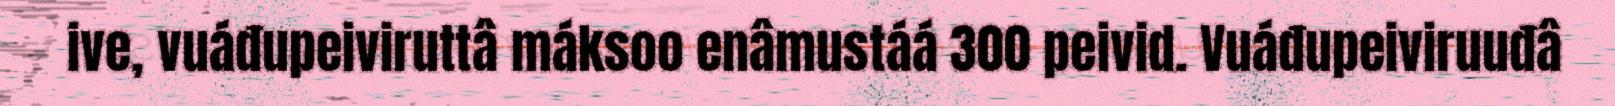
ive, vuáđupeiviruttâ máksoo enâmustáá 300 peivid. Vuáđupeiviruuđâ